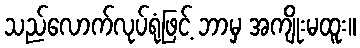
သည်လောက်လုပ်ရုံဖြင့် ဘာမှ အကျိုးမထူး။